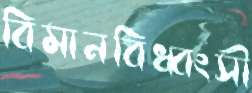
বিমানবিধ্বংসী